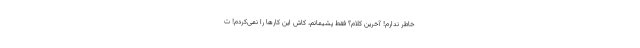
خاطر ندارم! آخرین کلام؟ فقط پشیمانم، کاش این کارها را نمی‌کردم! ت